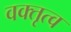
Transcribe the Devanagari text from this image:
वक्‍तृत्व